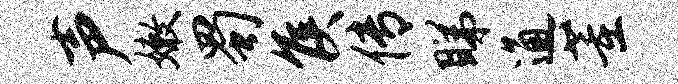
声嫩蜀侯传睇通董